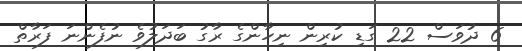
6 ދުވަސް 22 ގަޑި ކުރިން ނިހާންގެ ރާގު ބަދަލުވެ ނުފެންނަ ފަރާތް